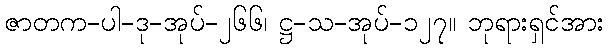
ဇာတက-ပါ-ဒု-အုပ်-၂၆၆၊ ဋ္ဌ-သ-အုပ်-၁၂၇။ ဘုရားရှင်အား